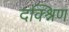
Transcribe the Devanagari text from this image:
दक्श्निण